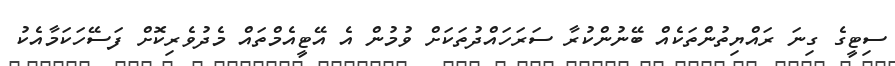
ސިޓީގެ ގިނަ ރައްޔިތުންތަކެއް ބޭނުންކުރާ ސަރަހައްދުތަކަށް ވުމުން އެ އޭޓީއެމްތައް މެދުވެރިކޮށް ފަސޭހަކަމާއެކު